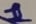
Text: 1